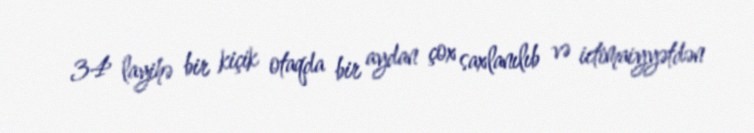
34 layihə bir kiçik otaqda bir aydan çox saxlanılıb və ictimaiyyətdən